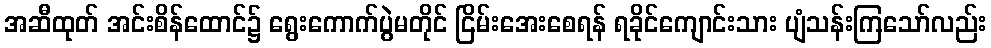
အဆီထုတ် အင်းစိန်ထောင်၌ ရွေးကောက်ပွဲမတိုင် ငြိမ်းအေးစေရန် ရခိုင်ကျောင်းသား ပျံသန်းကြသော်လည်း